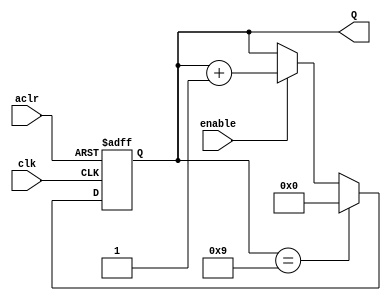
module counter_mod_M #(parameter M=10)
	(input clk,aclr,enable,
	output reg [N-1:0] Q);
	
	localparam N=clogb2(M-1);
	
	function integer clogb2(input [31:0] v);
		for (clogb2 = 0; v > 0; clogb2 = clogb2 + 1)
		v = v >> 1;
	endfunction
	
	always @(posedge clk, negedge aclr)
		if (!aclr) 
			Q <= {N{1'b0}};
		else if (Q == M-1) 
			Q <= {N{1'b0}};
		else if (enable) 
			Q <= Q + 1'b1;
		else 
			Q <= Q;
		
	
endmodule